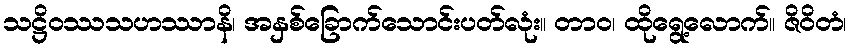
သဋ္ဌိဝဿသဟဿာနိ၊ အနှစ်ခြောက်သောင်းပတ်လုံး။ တာဝ၊ ထိုရွေ့လောက်။ ဇိဝိတံ၊